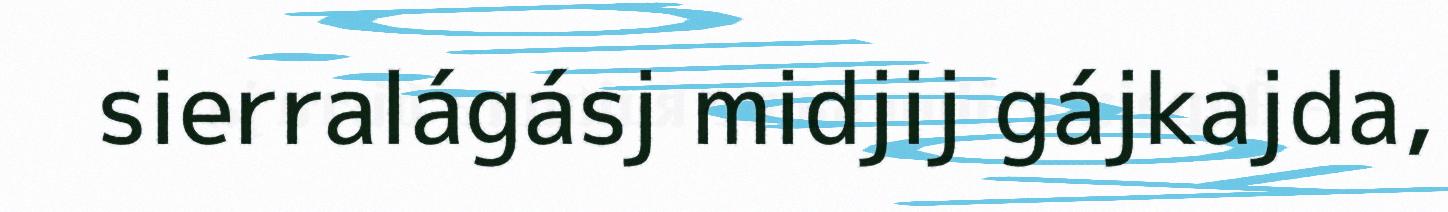
sierralágásj midjij gájkajda,